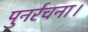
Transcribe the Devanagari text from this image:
पुनर्रचना।